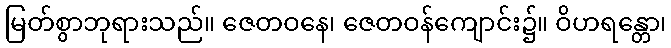
မြတ်စွာဘုရားသည်။ ဇေတဝနေ၊ ဇေတဝန်ကျောင်း၌။ ဝိဟရန္တော၊